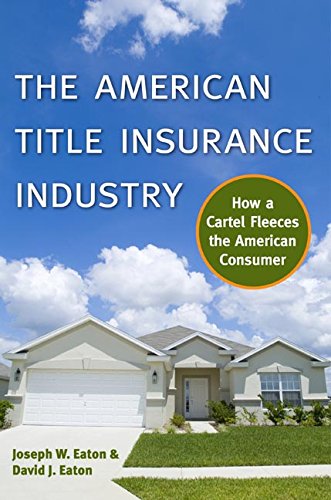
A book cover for The American Title Insurance Industry: How a Cartel Fleeces the American Consumer; Joseph W Eaton; Business & Money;